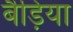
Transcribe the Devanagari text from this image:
बैड़िया